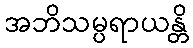
အဘိသမ္ပရာယန္တိ